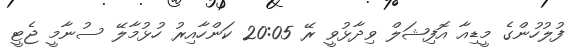
ފުލުހުންގެ މީޑިއާ އޮފިޝަލް ވިދާޅުވީ ރޭ 20:05 ކަންހާއިރު ހުޅުމާލޭ ސުނާމީ ޖެޓީ